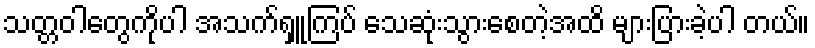
သတ္တဝါတွေကိုပါ အသက်ရှူကြပ် သေဆုံးသွားစေတဲ့အထိ များပြားခဲ့ပါ တယ်။